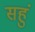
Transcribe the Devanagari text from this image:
सहुं